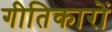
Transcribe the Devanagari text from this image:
गीतिकारों